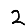
Digit: 2